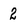
Character: 2